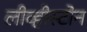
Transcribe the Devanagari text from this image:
लीव्हीस्टोन